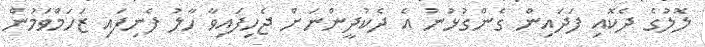
ލޮލުގެ ދެކޮއި ފަދައިން ގެންގުޅުނު އެ ދެކުދީންނަށް ޖެހިފައިވާ ހާލު ފެނިފައި ޒަހަމްވަމުން